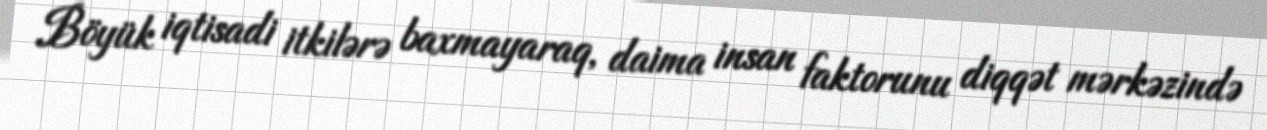
Böyük iqtisadi itkilərə baxmayaraq, daima insan faktorunu diqqət mərkəzində